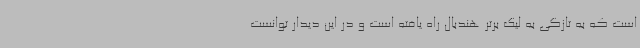
است که به تازگی به لیگ برتر هندبال راه یافته است و در این دیدار توانست